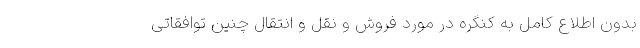
بدون اطلاع کامل به کنگره در مورد فروش و نقل و انتقال چنین توافقاتی